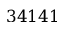
3 4 1 4 1